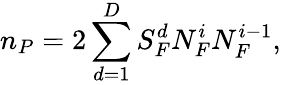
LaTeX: n_{P}=2\sum_{d=1}^{D}S_{F}^{d}N_{F}^{i}N_{F}^{i-1},